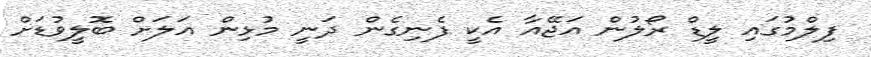
ފިލްމުގައި ލީޑް ރޯލުން އަޖޭއާ އެކީ ފެނިގެން ދަނީ މުޅިން އަލަށް ބޮލީވުޑަށް